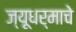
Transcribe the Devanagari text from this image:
ज्यूधर्माचे